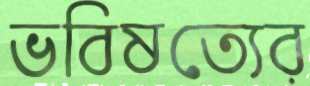
ভবিষত্যের